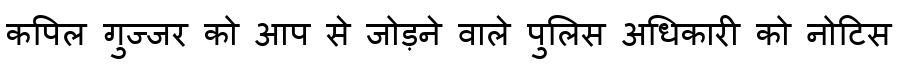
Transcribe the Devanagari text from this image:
कपिल गुज्जर को आप से जोड़ने वाले पुलिस अधिकारी को नोटिस